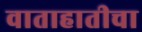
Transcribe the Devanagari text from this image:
वाताहातीचा